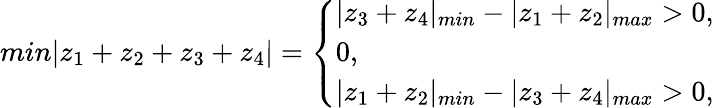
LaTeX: min|z_{1}+z_{2}+z_{3}+z_{4}|=\left\{ \begin{array}{l}{{|z_{3}+z_{4}|_{min}-|z_{1}+z_{2}|_{max}>0,}}\\ {{0,}}\\ {{|z_{1}+z_{2}|_{min}-|z_{3}+z_{4}|_{max}>0,}}\end{array}\right.